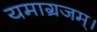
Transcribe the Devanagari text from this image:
यमाग्रजम्।